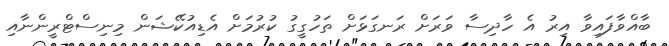
ބާއްވާފައިވާ އިރު އެ ހާދިސާ ވަރަށް ރަނގަޅަށް ތަހުގީގު ކުރުމަށް އެޑިއުކޭޝަން މިނިސްޓްރީންނާއި